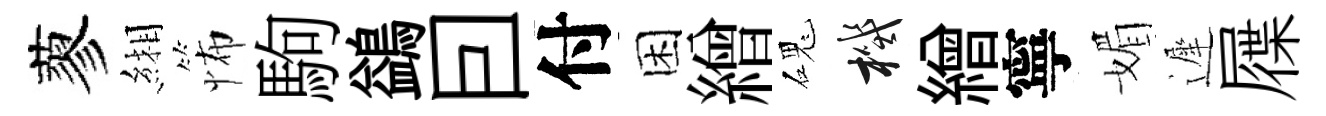
蓼緗怖駒鷁囙付困繒磈機繒寧媚遲屧